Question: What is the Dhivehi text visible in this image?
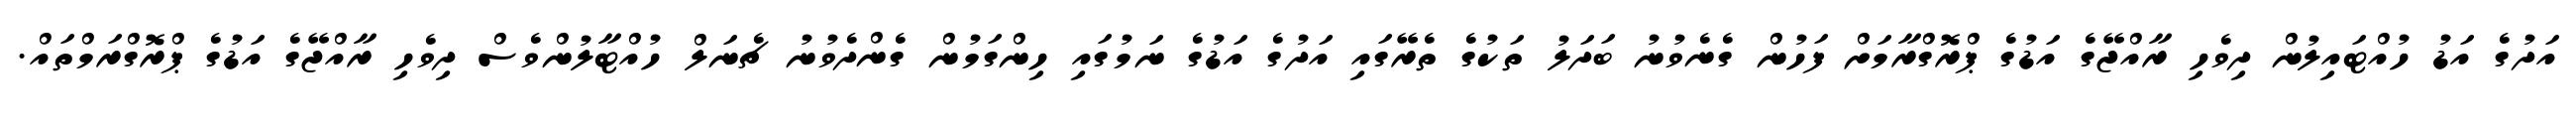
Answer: އަދުގެ އަޑު ހުއްޓައިލުން ދިވެހި ރާއްޖޭގެ އަޑުގެ ޕްރޮގްރާމަށް ފަހުން ގެނެވުނު ބަދަލު ތަކުގެ ތެރޭގައި އަދުގެ އަޑުގެ ނަމުގައި ހިންގަމުން ގެންދެވުނު ޗެނަލް ހުއްޓާލުންވެސް ދިވެހި ރާއްޖޭގެ އަޑުގެ ޕްރޮގްރަމްތައް.